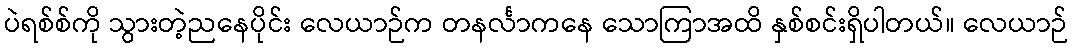
ပဲရစ်စ်ကို သွားတဲ့ညနေပိုင်း လေယာဉ်က တနင်္လာကနေ သောကြာအထိ နှစ်စင်းရှိပါတယ်။ လေယာဉ်